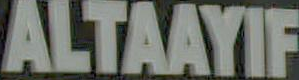
ALTAAYIF